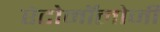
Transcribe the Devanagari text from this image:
एंटोमॉलोजी